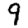
Digit: 9